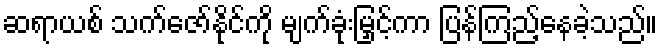
ဆရာယစ် သက်ဇော်နိုင်ကို မျက်ခုံးမြှင့်ကာ ပြန်ကြည့်နေခဲ့သည်။